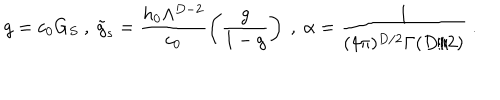
LaTeX: g = c _ { 0 } G _ { S } \ , \ \tilde { g } _ { s } = \frac { h _ { 0 } \Lambda ^ { D - 2 } } { c _ { 0 } } \left( \frac { g } { 1 - g } \right) \ , \ \alpha = \frac { 1 } { ( 4 \pi ) ^ { D / 2 } \Gamma ( D / 2 ) } \ .